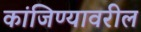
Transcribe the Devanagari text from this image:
कांजिण्यावरील